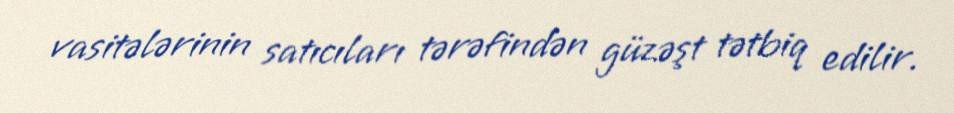
vasitələrinin satıcıları tərəfindən güzəşt tətbiq edilir.